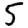
Digit: 5